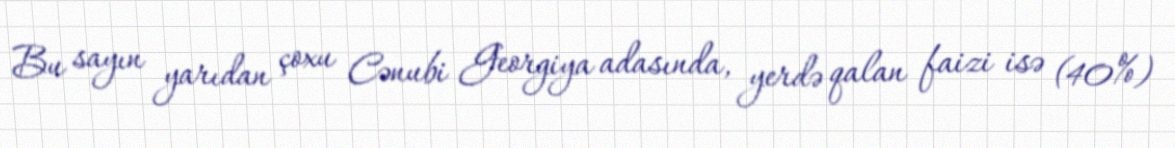
Bu sayın yarıdan çoxu Cənubi Georgiya adasında, yerdə qalan faizi isə (40%)